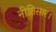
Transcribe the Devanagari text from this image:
नीतिसार।